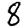
Digit: 8